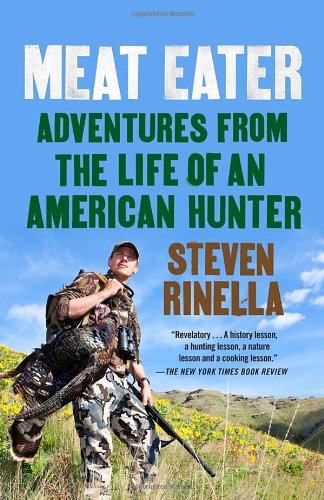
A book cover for Meat Eater: Adventures from the Life of an American Hunter; Steven Rinella; Cookbooks, Food & Wine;